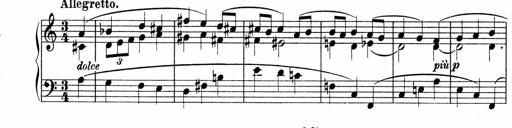
Title: Sonatina No.4
Composer: Abram Kimmell
Key: E minor